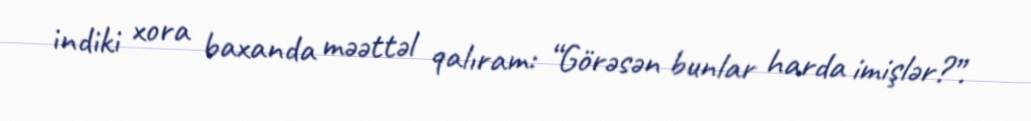
indiki xora baxanda məəttəl qalıram: “Görəsən bunlar harda imişlər?”.